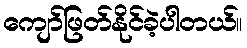
ကျော်ဖြတ်နိုင်ခဲ့ပါတယ်။